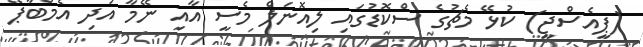
(ޕީއެސްޖީ) ކުޅޭ މެޗުގެ ސްކޮޑުގައި ލިއޮނަލް މެސީ އާއި ނޭމާ އަދި އެމްބާޕޭ